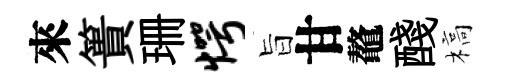
來簣珊愕旨甘鼇醆槁